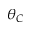
\theta _ { C }